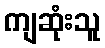
ကျဆုံးသူ